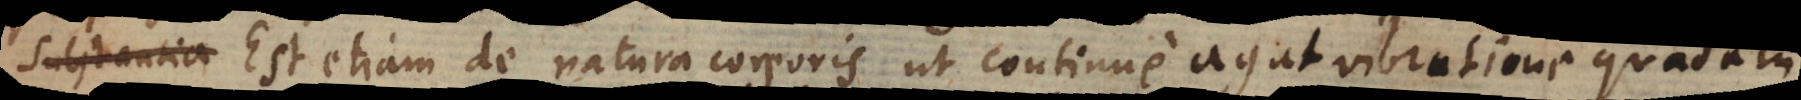
Substantia Est etiam de natura corporis ut continue agat vibratione quadam